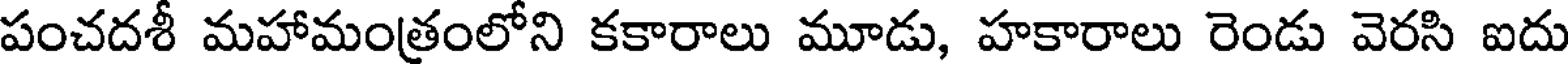
పంచదశీ మహామంత్రంలోని కకారాలు మూడు, హకారాలు రెండు వెరసి ఐదు